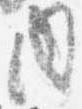
内